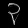
Digit: ၃